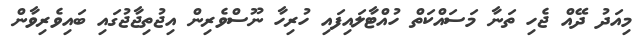
މިއަދު ދޭއް ޖެހި ތަނާ މަސައްކަތް ހުއްޓާލައިފައި ހުރިހާ ނޫސްވެރިން އިޖުތިޖާޖުގައި ބައިވެރިވާން